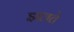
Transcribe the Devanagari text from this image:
झलते